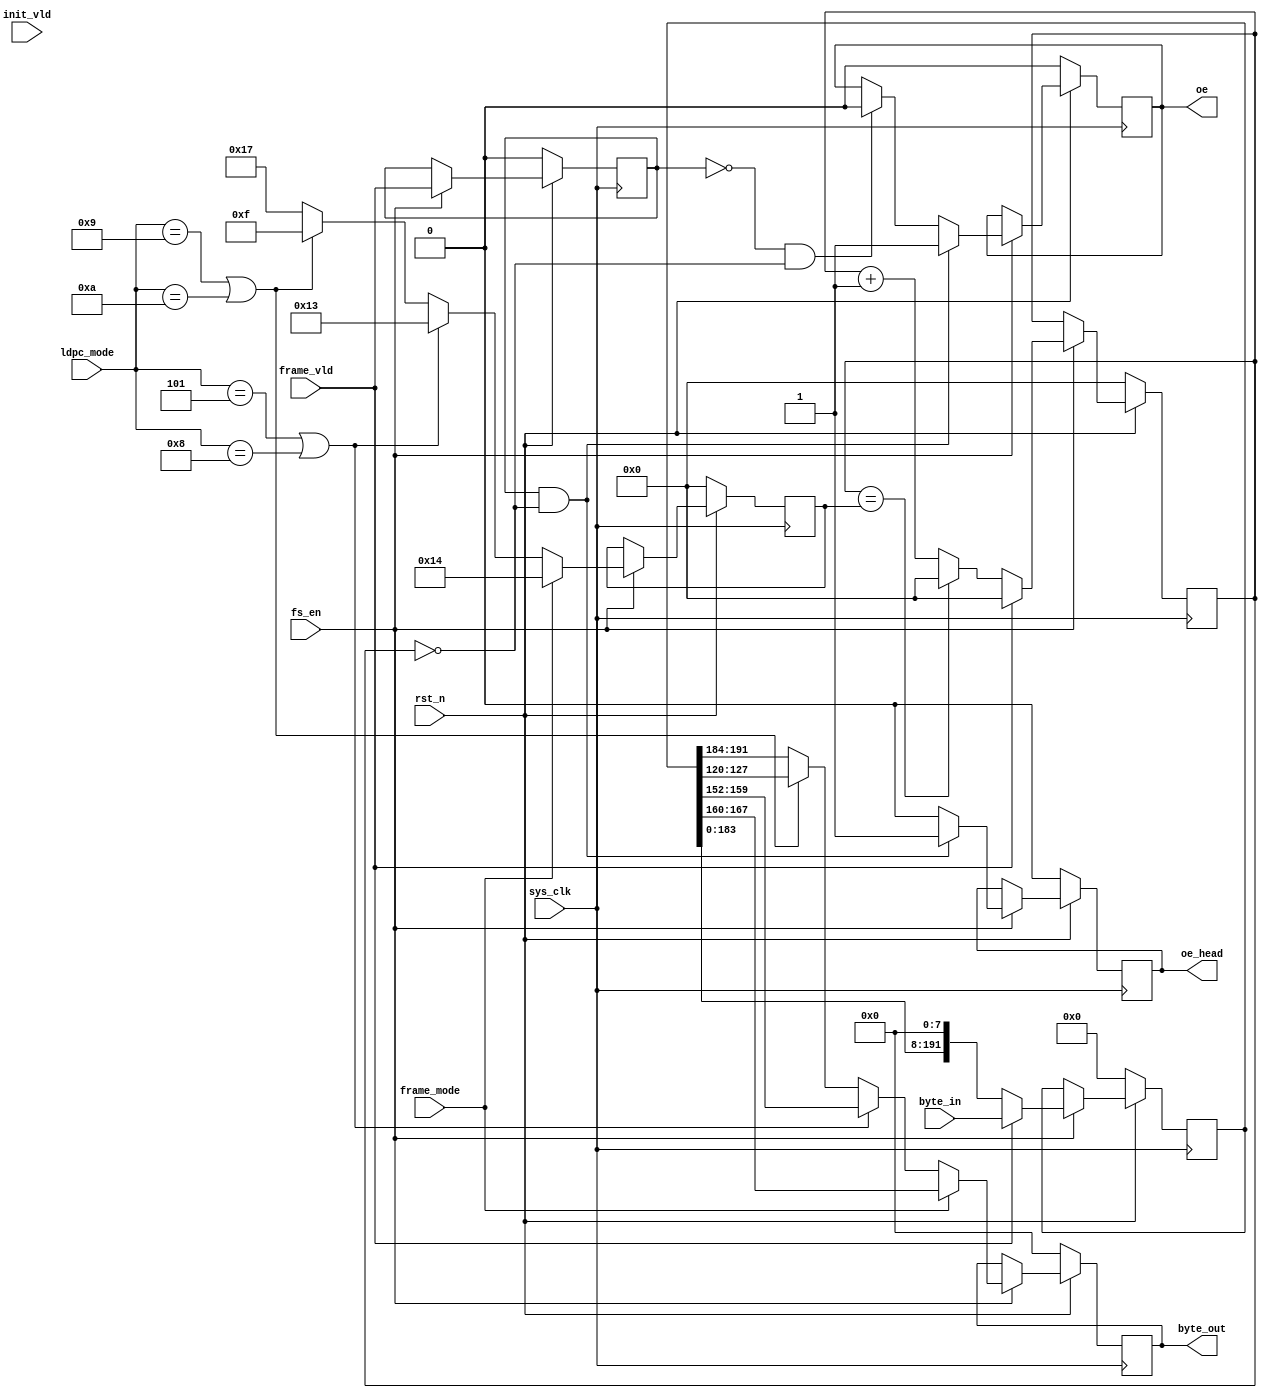

`timescale 1ns / 1ps
module bchencoder_data_ps(
input	          							sys_clk,
input											fs_en,
input	          							rst_n,
//////////////////////////////////////////////////////////////
input	          							frame_mode,
input	          			[3:0] 			ldpc_mode,
input	          							init_vld,
input	          							frame_vld,
input   			 		[191:0]     	byte_in,
//////////////////////////////////////////////////////////////
output  reg  								oe_head,
output  reg  								oe,
output  reg  			   	[7:0]     		byte_out
//////////////////////////////////////////////////////////////
);

reg							[4:0]			BCH_Q_Byte_Num;

always @(posedge sys_clk)begin
	if(~rst_n)begin
		BCH_Q_Byte_Num <= 5'b00000;
	end
	else if(fs_en == 1'b1)begin
		if(frame_mode == 0)begin // 0:normal frame; 1;short frame
			if((ldpc_mode == 5)||(ldpc_mode == 8))begin
				BCH_Q_Byte_Num <= 19;
			end
			else if((ldpc_mode == 9)||(ldpc_mode == 10))begin
				BCH_Q_Byte_Num <= 15;
			end
			else begin
				BCH_Q_Byte_Num <= 23;
			end
		end  
		else begin
			BCH_Q_Byte_Num <= 20;
		end
	end
	else begin
	end
end


reg							[4:0]			BCH_Q_Byte_Cnt_reg;

always @(posedge sys_clk)begin
	if(~rst_n)begin
		BCH_Q_Byte_Cnt_reg <= 5'b00000;
	end
	else if(fs_en == 1'b1)begin
		if(frame_vld == 1)begin
			BCH_Q_Byte_Cnt_reg <= 5'b00000;
		end
		else begin
			if(BCH_Q_Byte_Cnt_reg == (BCH_Q_Byte_Num))begin
				BCH_Q_Byte_Cnt_reg <= 5'b00000;
			end
			else begin
				BCH_Q_Byte_Cnt_reg <= BCH_Q_Byte_Cnt_reg + 5'b00001;
			end
		end
	end
	else begin
	end
end


reg											frame_vld_1dly_reg;

always @(posedge sys_clk)begin
	if(~rst_n)begin
		frame_vld_1dly_reg <= 1'b0;
	end
	else if(fs_en == 1'b1)begin
		frame_vld_1dly_reg <= frame_vld;
	end
	else begin
	end
end

reg		   			 		[191:0]     	byte_in_tmp;

always @(posedge sys_clk)begin
	if(~rst_n)begin
		byte_in_tmp <= 192'h0;
	end
	else if(fs_en == 1'b1)begin
		if(frame_vld == 1)begin
			byte_in_tmp <= byte_in;
		end
		else begin
			byte_in_tmp <= {byte_in_tmp[183:0],8'b00000000};
		end
	end
	else begin
	end
end

always @(posedge sys_clk)begin
	if(~rst_n)begin
		byte_out <= 8'h0;
	end
	else if(fs_en == 1'b1)begin
		if(frame_mode == 0)begin // 0:normal frame; 1;short frame
			if((ldpc_mode == 5)||(ldpc_mode == 8))begin
				byte_out <= byte_in_tmp[159:152];
			end
			else if((ldpc_mode == 9)||(ldpc_mode == 10))begin
				byte_out <= byte_in_tmp[127:120];
			end
			else begin
				byte_out <= byte_in_tmp[191:184];
			end
		end  
		else begin
			byte_out <= byte_in_tmp[167:160];
		end
	end
	else begin
	end
end


always @(posedge sys_clk)begin
	if(~rst_n)begin
		oe <= 1'b0;
		oe_head <= 1'b0;
	end
	else if(fs_en == 1'b1)begin
		if((frame_vld_1dly_reg == 1)&&(BCH_Q_Byte_Cnt_reg == 0))begin
			oe <= 1'b1;
			oe_head <= 1'b1;
		end
		else if((frame_vld_1dly_reg == 0)&&(BCH_Q_Byte_Cnt_reg == 0))begin
			oe <= 1'b0;
			oe_head <= 1'b0;
		end
		else begin
			oe_head <= 1'b0;
		end
	end
	else begin
	end
end

endmodule